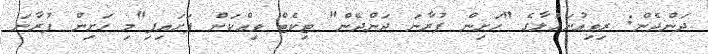
ދަންދެން: ރިވިއުނަހުލާގެ "ހަށިން ފުރާނަ ދަންދެން" ޓިކެޓް ވިއްކަން ފަށައިފި"މި ހަށިން ފުރާނަ